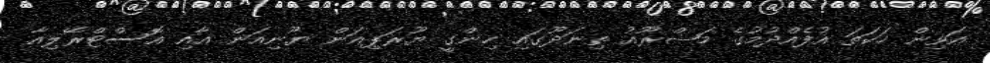
އަވިން ހަކަތަ އުފެއްދުމުގެ މަޝްރޫއު ތިނަދޫގައި ހިންގީ ޔޫރަޕިއަން ޔޫނިއަން އާއި އޮސްޓްރޭލިއާ